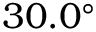
3 0 . 0 ^ { \circ }